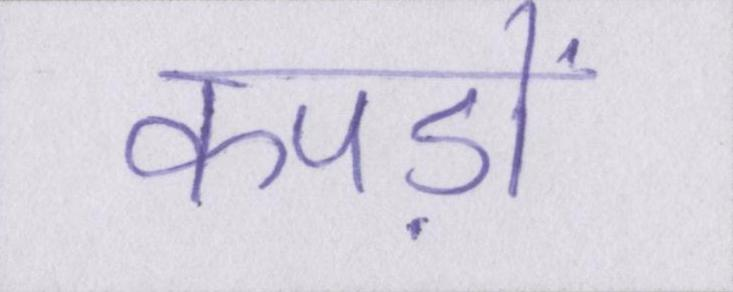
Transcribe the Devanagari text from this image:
कपड़ों